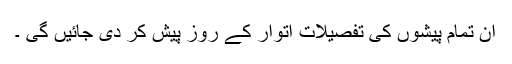
ان تمام پیشوں کی تفصیلات اتوار کے روز پیش کر دی جائیں گی ۔